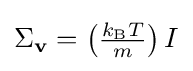
{\textstyle \Sigma _{\mathbf {v} }=\left({\frac {k_{\text{B}}T}{m}}\right)I}